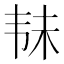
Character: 𱂄